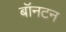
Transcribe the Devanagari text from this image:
बॉनटन